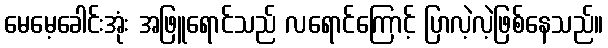
မေမေ့ခေါင်းအုံး အဖြူရောင်သည် လရောင်ကြောင့် ပြာလဲ့လဲ့ဖြစ်နေသည်။